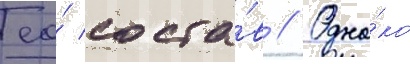
ео́ соста́в // Одна́ко